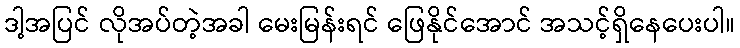
ဒါ့အပြင် လိုအပ်တဲ့အခါ မေးမြန်းရင် ဖြေနိုင်အောင် အသင့်ရှိနေပေးပါ။